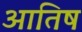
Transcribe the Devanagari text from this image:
आतिष